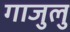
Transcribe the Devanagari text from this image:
गाजुलु